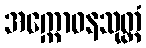
အက္ကောဓနသုတ္တံ